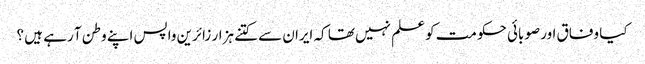
کیا وفاق اور صوبائی حکومت کو علم نہیں تھا کہ ایران سے کتنے ہزار زائرین واپس اپنے وطن آ رہے ہیں ؟